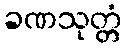
ခဏသုတ္တံ